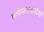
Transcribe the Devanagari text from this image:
कर्मण्यतावादियों